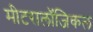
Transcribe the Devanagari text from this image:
मीटरालॉजिकल